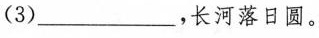
(3)____，长河落日圆。